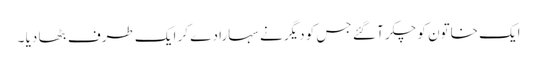
ایک خاتون کو چکر آ گئے جس کو دیگر نے سہارا دے کر ایک طرف بٹھا دیا ۔